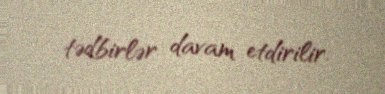
tədbirlər davam etdirilir.